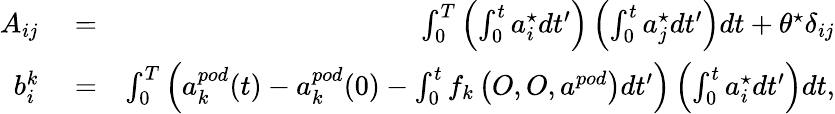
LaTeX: \begin{array}{rlr}{A_{ij}}&{{}=}&{\int_{0}^{T}\left(\int_{0}^{t}a_{i}^{\star}dt^{\prime}\right)\left(\int_{0}^{t}a_{j}^{\star}dt^{\prime}\right)dt+\theta^{\star}\delta_{ij}}\\ {b_{i}^{k}}&{{}=}&{\int_{0}^{T}\left(a_{k}^{pod}(t)-a_{k}^{pod}(0)-\int_{0}^{t}f_{k}\left(O,O,a^{pod}\right)dt^{\prime}\right)\left(\int_{0}^{t}a_{i}^{\star}dt^{\prime}\right)dt,}\end{array}